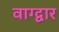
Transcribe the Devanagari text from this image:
वाग्द्वार